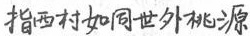
指西村如同世外桃源